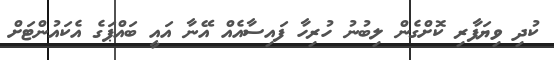
ކުދި ވިޔަފާރި ކޮށްގެން ލިބުނު ހުރިހާ ފައިސާއެއް އޭނާ އައީ ބައްޕަގެ އެކައުންޓަށް